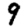
Digit: 9